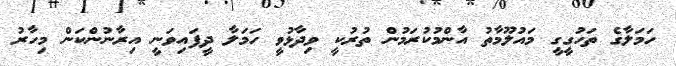
ހަމަލާގެ ތަހުގީގީ މައުލޫމާތު އާންމުކުރަމުން ތުރުކީ ވިދާޅުވީ ހަމަލާ ދީފައިވަނީ އިރާނުންކަން މިހާރު